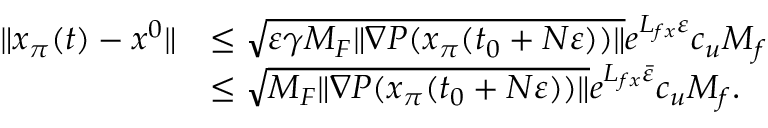
\begin{array} { r l } { \| x _ { \pi } ( t ) - x ^ { 0 } \| } & { \le \sqrt { \varepsilon \gamma { M _ { F } } \| \nabla P ( x _ { \pi } ( t _ { 0 } + N \varepsilon ) ) \| } e ^ { L _ { f x } \varepsilon } c _ { u } M _ { f } } \\ & { \le \sqrt { { M _ { F } } \| \nabla P ( x _ { \pi } ( t _ { 0 } + N \varepsilon ) ) \| } e ^ { L _ { f x } \bar { \varepsilon } } c _ { u } M _ { f } . } \end{array}